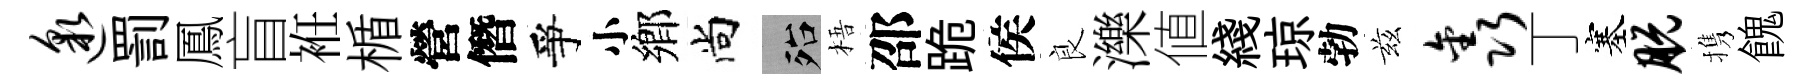
邈罰鳳盲袵楯營僭爭小鄉尚殆梧邵跪侯良濼値綫琼勃兹鑫丁塞脱携餽